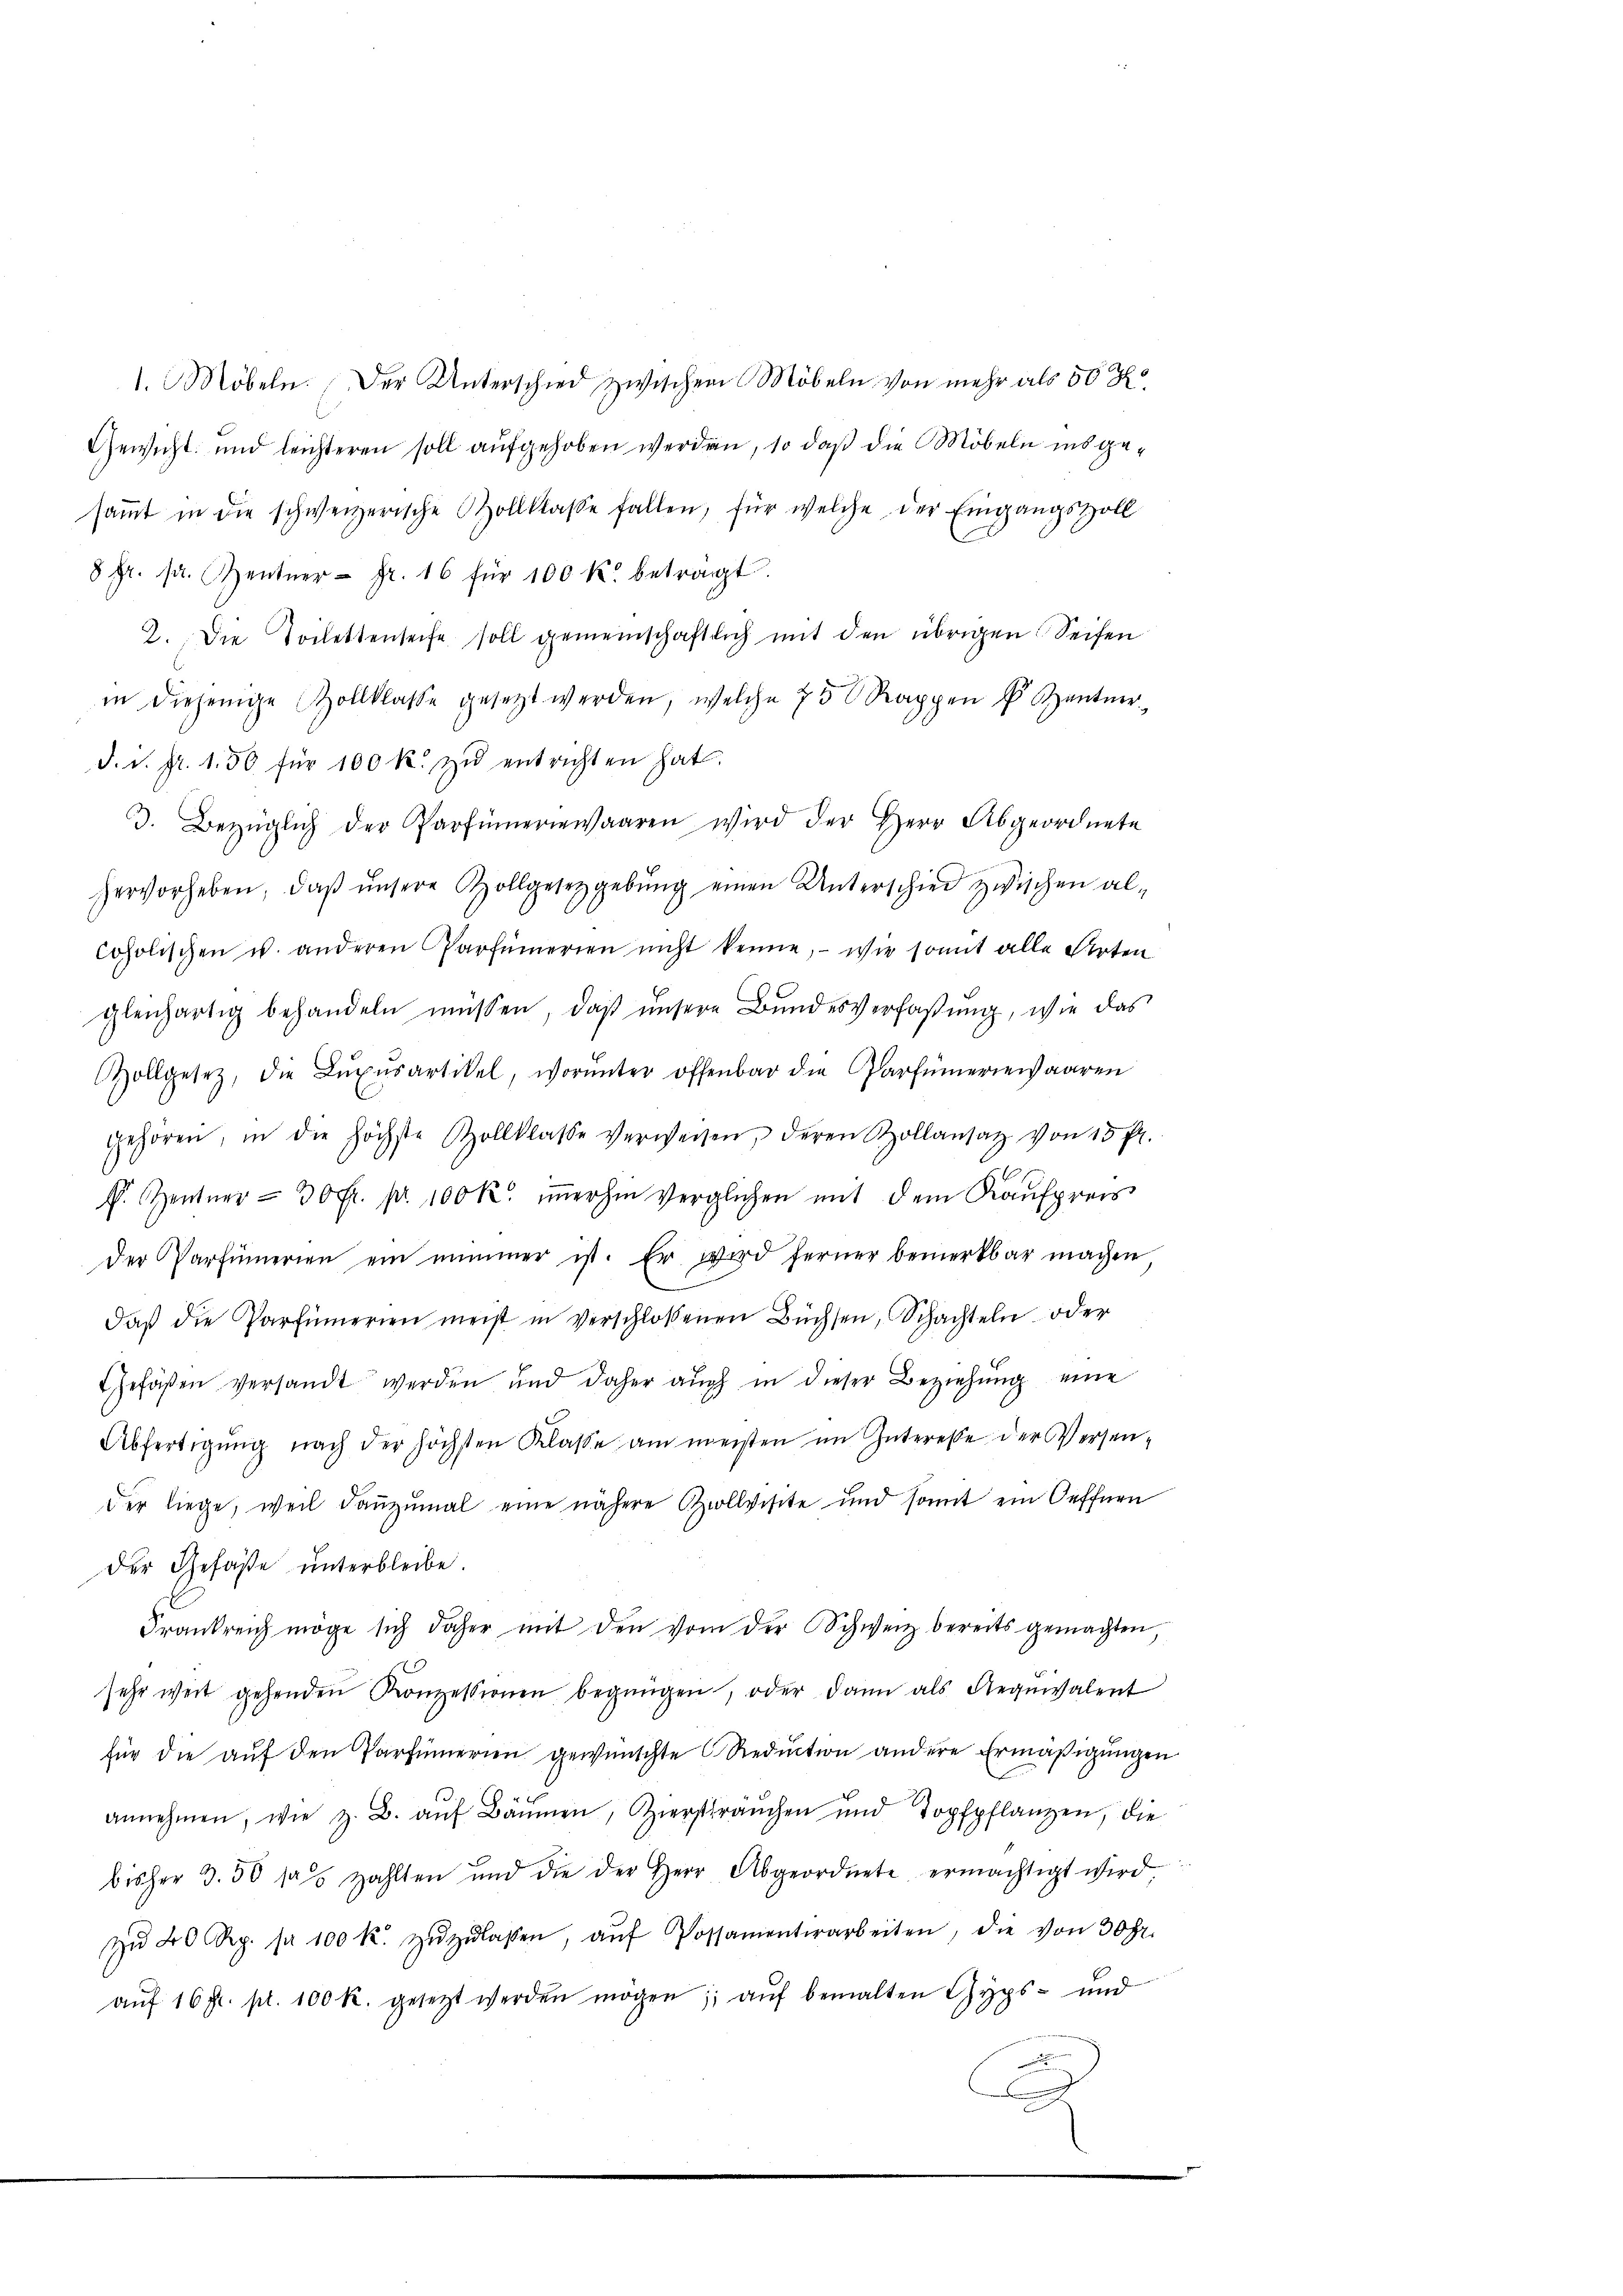
1. Möbeln. Der Unterschied zwischen Möbeln von mehr als 50 R
Gewicht und leichteren soll aufgehoben werden, so daß die Möbeln insge-
sammt in die schweizerische Zollklasse fallen, für welche der Eingangszoll
8fr. sr. Zentner Fr. 16 für 100 k. beträgt.
2. Die Toilettenseite soll gemeinschaftlich mit den übrigen Seifen
in diejenige Zollklasse gesetzt werden, welche 75 Rappen u. Zentner
d. d. fr. 150 für 100 k. zŭ entrichten hat.
3. Bezüglich der Parfümeriewaaren wird der Herr Abgeordnete
hervorheben, daß unsere Zollgesetzgebung einen Unterschied zwischen al¬
Coholischen u. anderen Parfümerien nicht kenne, - wie somit alle Arten
gleichartig behandeln müssen, daß unsere Bundesverfaßung, wie das
ollgesetz, die Lŭxŭsartikel, worŭnter offenbar die Partümeriewaaren
gehören, in die höchste Zollklasse verweisen, deren Zollansatz von 15 fl.
E
f. entner - 30 Fr. pr. 100 K. immerhin verglichen mit dem Kaufpreis
der Parfümerien ein nimmer ist. Er wird ferner bemerkbar machen
daß die Parfümerien meist in verschlossenen Büchsen, Schachteln oder
Gefäßen versandt werden und daher auch in dieser Beziehung eine
Abfertigŭng nach der höchsten Klasse am meisten im Interesse der Versen-
der liege, weil danzumal eine nähere Zollvisite und somit ein Oeffnen
der Gefäße unterbleibe
Frankreich möge sich daher mit den vom der Schweiz bereits gemachten
sehr weit gehenden Konzessionen begnügen, oder dann als Requivalent
für die auf den Partümerien gewünschte Reduction andere Ermäßigungen
annehmen, wie z. B. aŭf Bäumen, Ziersträŭchen und Topfpflanzen, die
bisher 3. 50 das zahlten und die der Herr Abgeordnete ermächtigt wird,
zŭ 20 Rp. pr 100 k. zŭzŭlassen, aŭf Possamenterarbeiten, die von 30 Fr.
aŭf 16 fr. pr. 100 R. gesetzt werden mögen, aŭf bemalten Gyps- und
A
.
s